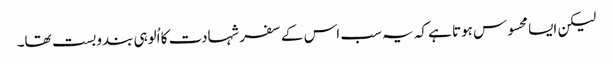
لیکن ایسا محسوس ہوتا ہے کہ یہ سب اس کے سفر شہادت کا اُلوہی بندوبست تھا۔